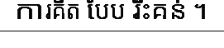
ការគិត បែប រិះគន់ ។